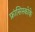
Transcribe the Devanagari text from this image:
फ्रांसिस्कोके